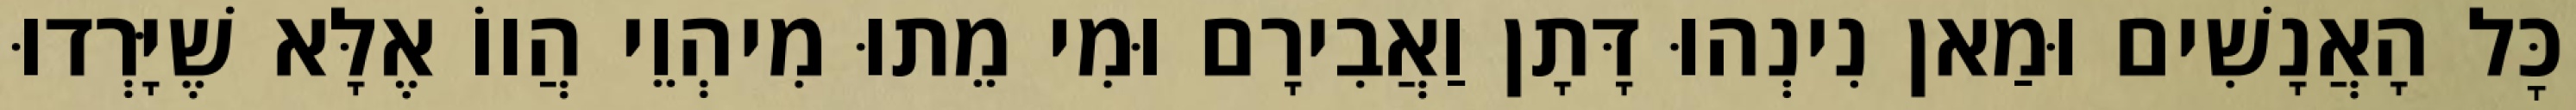
כׇּל הָאֲנָשִׁים וּמַאן נִינְהוּ דָּתָן וַאֲבִירָם וּמִי מֵתוּ מִיהְוֵי הֲווֹ אֶלָּא שֶׁיָּרְדוּ